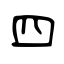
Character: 四